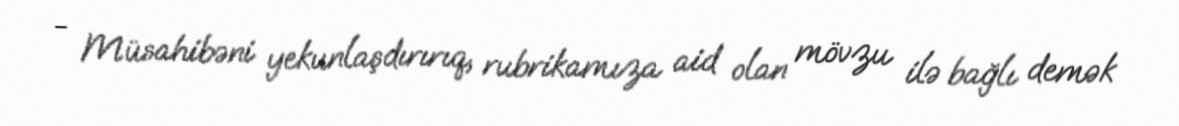
- Müsahibəni yekunlaşdırırıq, rubrikamıza aid olan mövzu ilə bağlı demək